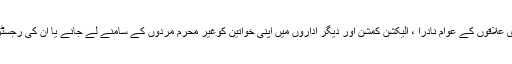
بلوچستان کے دیہی اور شہری علاقوں کے عوام نادرا ، الیکشن کمشن اور دیگر اداروں میں اپنی خواتین کوغیر محرم مردوں کے سامنے لے جانے یا اُن کی رجسٹریشن کرانا پسند نہیں کر تے۔